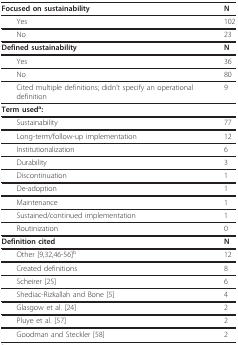
| Focused on sustainability | N |
 | --- | --- |
 | Yes | 102 |
 | No | 23 |
 | Defined sustainability | N |
 | Yes | 36 |
 | No | 80 |
 | Cited multiple definitions; didn't specify an operational definition | 9 |
 | Term useda: |  |
 | Sustainability | 77 |
 | Long-term/follow-up implementation | 12 |
 | Institutionalization | 6 |
 | Durability | 3 |
 | Discontinuation | 1 |
 | De-adoption | 1 |
 | Maintenance | 1 |
 | Sustained/continued implementation | 1 |
 | Routinization | 0 |
 | Definition cited | N |
 | Other [9,32,46-56]b | 12 |
 | Created definitions | 8 |
 | Scheirer [25] | 6 |
 | Shediac-Rizkallah and Bone [5] | 4 |
 | Glasgow et al. [24] | 2 |
 | Pluye et al. [57] | 2 |
 | Goodman and Steckler [58] | 2 |